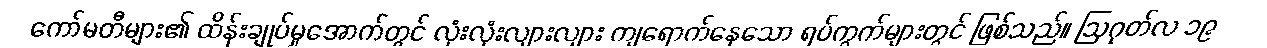
ကော်မတီများ၏ ထိန်းချုပ်မှုအောက်တွင် လုံးလုံးလျားလျား ကျရောက်နေသော ရပ်ကွက်များတွင် ဖြစ်သည်။ ဩဂုတ်လ ၁၉